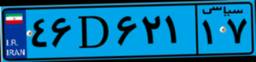
۴۶D۶۲۱۱۷